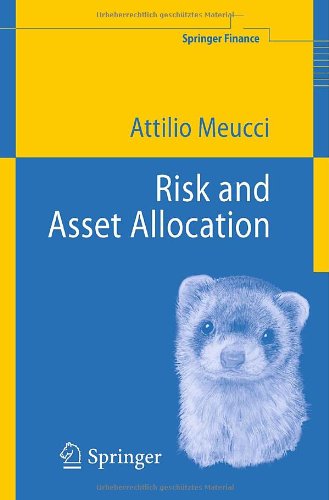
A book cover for Risk and Asset Allocation (Springer Finance); Attilio Meucci; Science & Math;